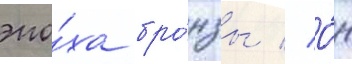
эпо́ха бро́нзы // О́н